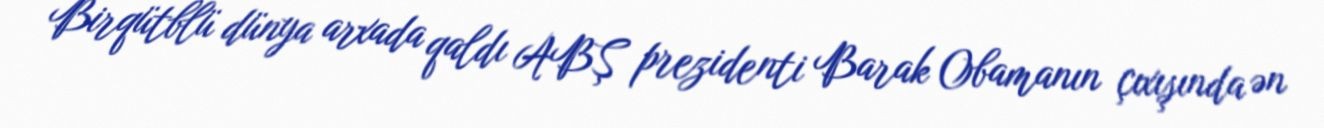
Birqütblü dünya arxada qaldı ABŞ prezidenti Barak Obamanın çıxışında ən